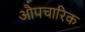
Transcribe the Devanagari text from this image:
अाैपचारिक